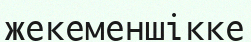
жекеменшікке